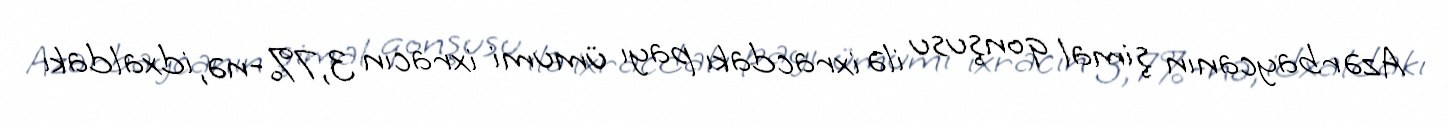
Azərbaycanın şimal qonşusu ilə ixracdakı payı ümumi ixracın 3,7%-nə, idxaldakı